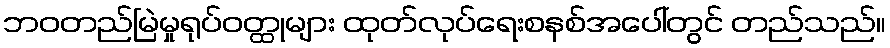
ဘဝတည်မြဲမှုရုပ်ဝတ္ထုများ ထုတ်လုပ်ရေးစနစ်အပေါ်တွင် တည်သည်။